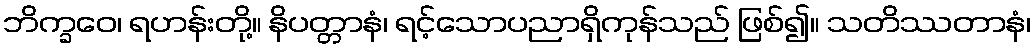
ဘိက္ခဝေ၊ ရဟန်းတို့။ နိပတ္တာနံ၊ ရင့်သောပညာရှိကုန်သည် ဖြစ်၍။ သတိဿတာနံ၊